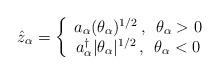
LaTeX: \begin{align*}\hat z_{\alpha} = \left\{ \begin{array}{c} a_{\alpha}(\theta_{\alpha})^{1/2} \, , \enspace \theta_{\alpha}>0 \\a_{\alpha}^{\dagger}|\theta_{\alpha}|^{1/2} \, , \enspace \theta_{\alpha}<0\end{array} \right.\end{align*}